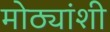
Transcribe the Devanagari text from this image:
मोठ्यांशी